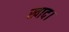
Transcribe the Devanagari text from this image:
खाद।